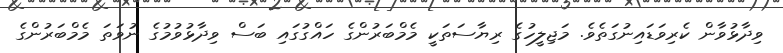
ވިދާޅުވާން ކެރިވަޑައިނުގަތެވެ. މަޖިލީހުގެ ރިޔާސަތަކީ މެމްބަރުންގެ ހައްގުގައި ބަސް ވިދާޅުވުމުގެ ނުވަތަ މެމްބަރުންގެ